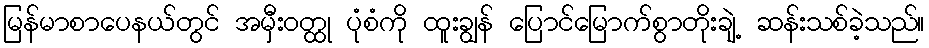
မြန်မာစာပေနယ်တွင် အမှီးဝတ္ထု ပုံစံကို ထူးချွန် ပြောင်မြောက်စွာတိုးချဲ့ ဆန်းသစ်ခဲ့သည်။